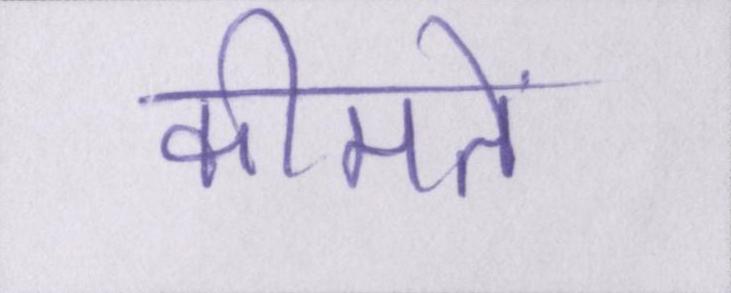
कीमतें